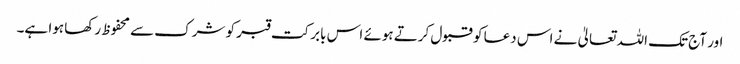
اور آج تک اللہ تعالیٰ نے اس دعا کو قبول کرتے ہوئے اس بابرکت قبر کو شرک سے محفوظ رکھا ہوا ہے۔